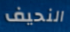
النحيف